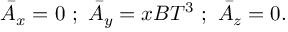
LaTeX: { \bar { A } } _ { x } = 0 \ ; \ { \bar { A } } _ { y } = x B T ^ { 3 } \ ; \ { \bar { A } } _ { z } = 0 .